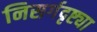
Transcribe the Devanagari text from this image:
निसर्गदृष्ट्या